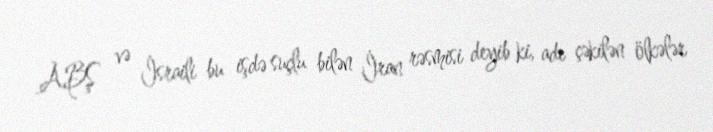
ABŞ və İsraili bu işdə suçlu bilən İran rəsmisi deyib ki, adı çəkilən ölkələr